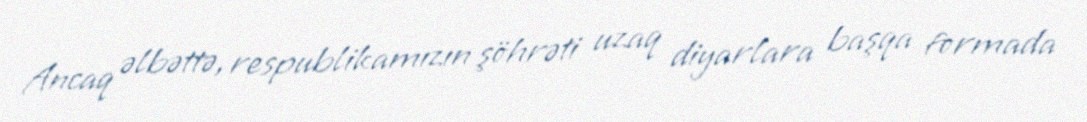
Ancaq əlbəttə, respublikamızın şöhrəti uzaq diyarlara başqa formada